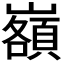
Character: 𡾆